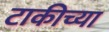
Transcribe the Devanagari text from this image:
टाकीच्या